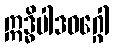
ဣဒ္ဓိပါဒဝဂ္ဂေါ